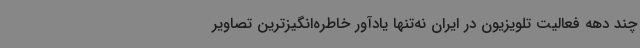
چند دهه فعالیت تلویزیون در ایران نه‌تنها یادآور خاطره‌انگیزترین تصاویر